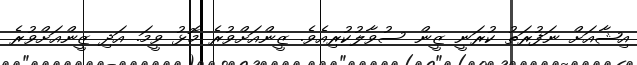
އިޝާއަށް ނަފުރަތު ކުރަނީ ޒީން ސުވާލުކުރިއެވެ. ޒީންއަށްވުރެ މޮޅު ވީމަ. އަދި ޒީންއަށްވުރެ